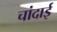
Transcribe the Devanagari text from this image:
चांदाई